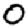
Digit: 0